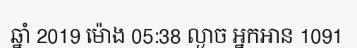
ឆ្នាំ 2019 ម៉ោង 05:38 ល្ងាច អ្នកអាន 1091